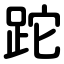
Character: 跎